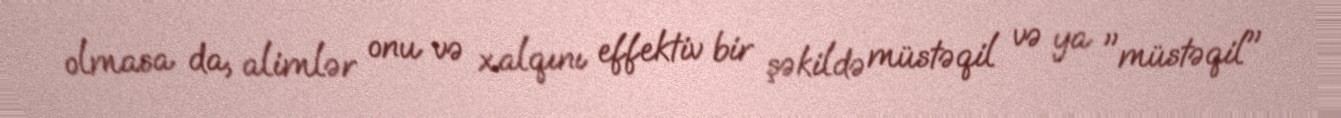
olmasa da, alimlər onu və xalqını effektiv bir şəkildə müstəqil və ya "müstəqil"